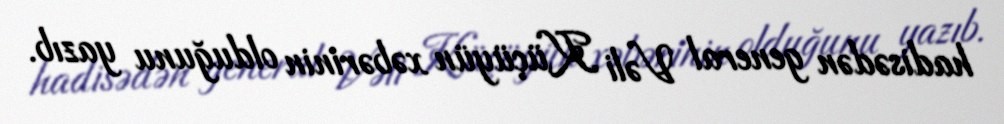
hadisədən general Vəli Küçüyün xəbərinin olduğunu yazıb.